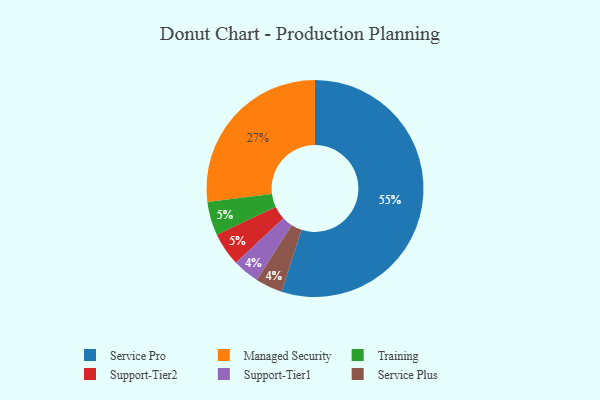
{"axis": {"x": "Category", "y": "Percentage"}, "legend": ["Managed Security", "Service Plus", "Service Pro", "Support-Tier1", "Support-Tier2", "Training"], "data": [{"x": "Training", "y": 5, "type": "Training"}, {"x": "Managed Security", "y": 27, "type": "Managed Security"}, {"x": "Support-Tier1", "y": 4, "type": "Support-Tier1"}, {"x": "Service Plus", "y": 4, "type": "Service Plus"}, {"x": "Service Pro", "y": 55, "type": "Service Pro"}, {"x": "Support-Tier2", "y": 5, "type": "Support-Tier2"}]}